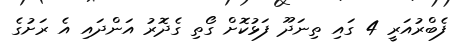
ފެބްރުއަރީ 4 ގައި ތިނަދޫ ފަޅުކޮށް ގޯތި ގެދޮރު އަންދައި އެ ރަށުގެ